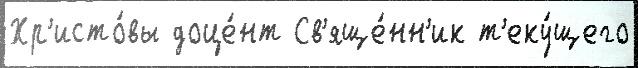
Хр'исто́вы доце́нт Св'яще́нн'ик т'еку́щего